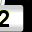
Digit: 2